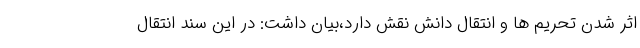
اثر شدن تحریم ها و انتقال دانش نقش دارد،بیان داشت: در این سند انتقال